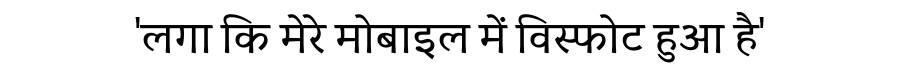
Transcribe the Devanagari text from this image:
'लगा कि मेरे मोबाइल में विस्फोट हुआ है'